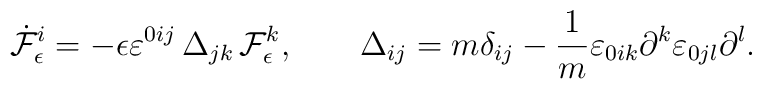
\dot{\cal F}^i_\epsilon = -\epsilon \varepsilon^{0ij}\,\Delta_{jk}\, {\cal F}^k_\epsilon, \qquad \Delta_{ij} = m \delta_{ij} - \frac{1}{m} \varepsilon_{0ik} \partial^k \varepsilon_{0jl} \partial^l.